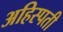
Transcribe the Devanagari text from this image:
अहिस्पती